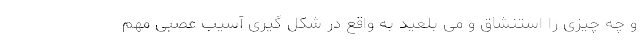
و چه چیزی را استنشاق و می بلعید به واقع در شکل گیری آسیب عصبی مهم